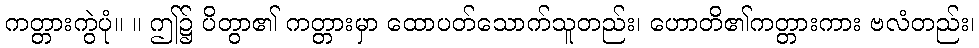
ကတ္တားကွဲပုံ။ ။ ဤ၌ ပိတွာ၏ ကတ္တားမှာ ထောပတ်သောက်သူတည်း၊ ဟောတိ၏ကတ္တားကား ဗလံတည်း၊